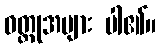
ဝတ္ထုအများ ပါ၏။